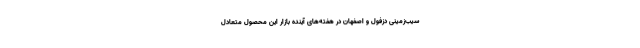
سیب‌زمینی دزفول و اصفهان در هفته‌های آینده بازار این محصول متعادل